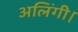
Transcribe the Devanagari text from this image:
अलिंगी।